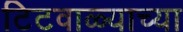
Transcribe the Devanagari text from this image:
टिटवाळ्याच्या